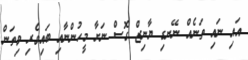
އައި ނައި ތަނެއް ނޭނގި ޔާނިޒް ގޮސް ނަށާ މީހުންނާއި ބައިވެރި ވިތަން